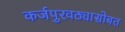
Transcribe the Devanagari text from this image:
कर्जपुरवठ्यासोबत